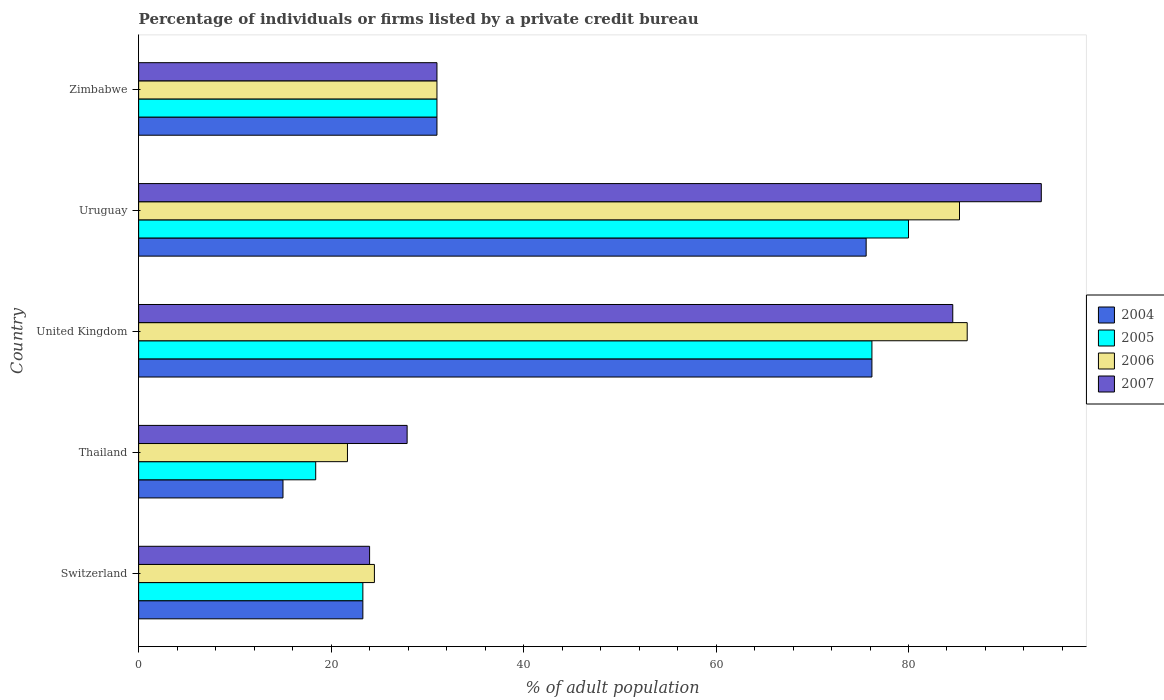
| Country | 2004 | 2005 | 2006 | 2007 |
 | --- | --- | --- | --- | --- |
 | Switzerland | 23.3 | 23.3 | 24.5 | 24 |
 | Thailand | 15 | 18.4 | 21.7 | 27.9 |
 | United Kingdom | 76.2 | 76.2 | 86.1 | 84.6 |
 | Uruguay | 75.6 | 80 | 85.3 | 93.8 |
 | Zimbabwe | 31 | 31 | 31 | 31 |